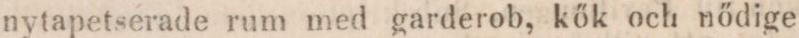
nytapetserade rum med garderob, kők och nődige